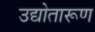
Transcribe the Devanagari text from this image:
उद्योतारूण